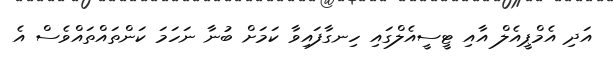
އަދި އެމްޕީއެލް އާއި ޓީސީއެލްގައި ހިނގާފައިވާ ކަމަށް ބުނާ ނަހަމަ ކަންތައްތައްވެސް އެ